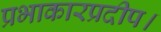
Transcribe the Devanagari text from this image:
प्रभाकारप्रदीप।